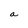
Character: a